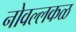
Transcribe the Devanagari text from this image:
नोवल्लकळ